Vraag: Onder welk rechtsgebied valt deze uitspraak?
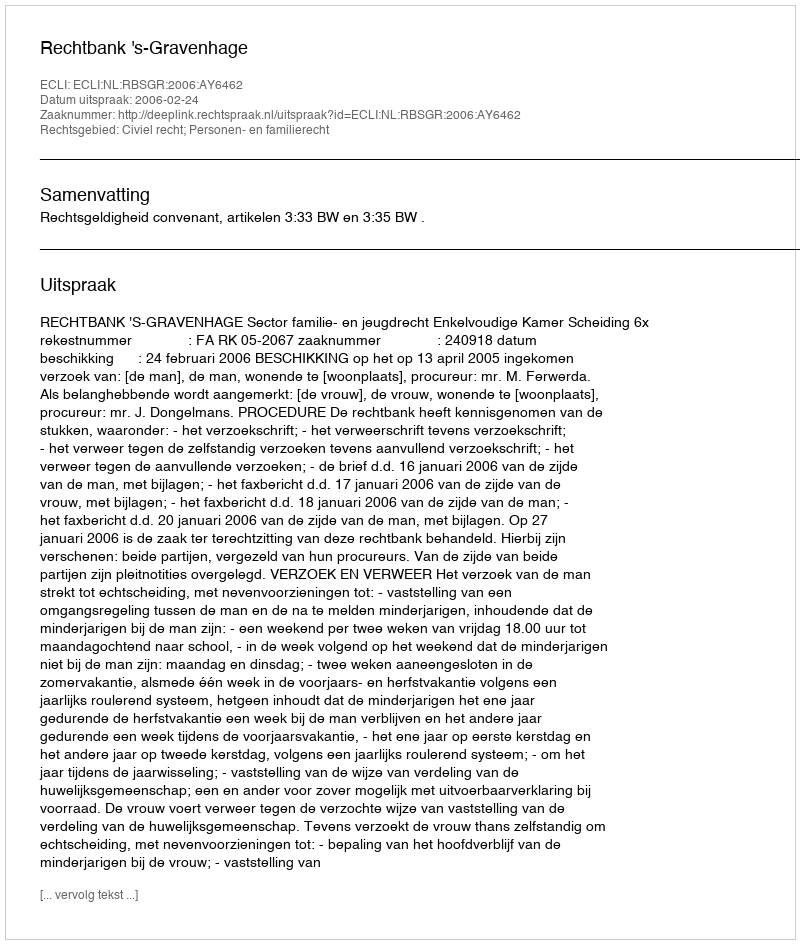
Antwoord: Civiel recht; Personen- en familierecht